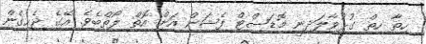
ހިތާ ހިތް ގުޅުވާލަދިނީ މޮޑަސްޓް ފެޝަން އަށް އޮތް ލޯތްބެވެ. އޭގެ ޖެހިގެން